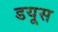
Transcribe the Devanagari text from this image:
डयूस